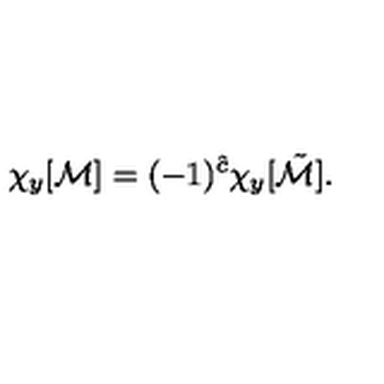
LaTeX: \chi _ { y } [ { \cal M } ] = ( - 1 ) ^ { \hat { c } } \chi _ { y } [ \tilde { \cal M } ] .